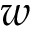
w